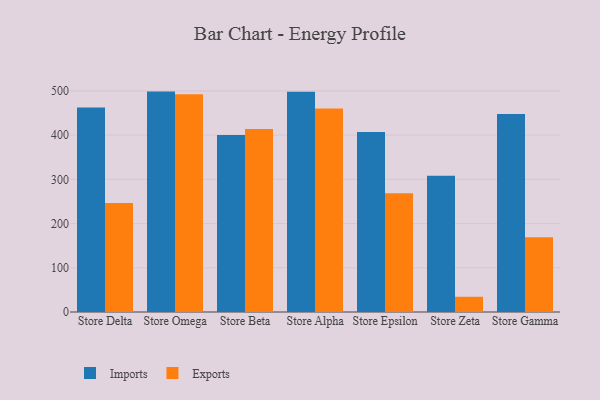
{"axis": {"x": "Store", "y": "Operating Costs (USD K)"}, "legend": ["Exports", "Imports"], "data": [{"x": "Store Delta", "y": 462.7, "type": "Imports"}, {"x": "Store Delta", "y": 246.6, "type": "Exports"}, {"x": "Store Omega", "y": 498.5, "type": "Imports"}, {"x": "Store Omega", "y": 492.4, "type": "Exports"}, {"x": "Store Beta", "y": 400.6, "type": "Imports"}, {"x": "Store Beta", "y": 414.0, "type": "Exports"}, {"x": "Store Alpha", "y": 498.4, "type": "Imports"}, {"x": "Store Alpha", "y": 460.3, "type": "Exports"}, {"x": "Store Epsilon", "y": 407.3, "type": "Imports"}, {"x": "Store Epsilon", "y": 268.4, "type": "Exports"}, {"x": "Store Zeta", "y": 307.9, "type": "Imports"}, {"x": "Store Zeta", "y": 34.5, "type": "Exports"}, {"x": "Store Gamma", "y": 447.8, "type": "Imports"}, {"x": "Store Gamma", "y": 169.2, "type": "Exports"}]}